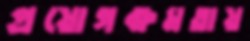
প্রয়োগক্ষমতায়